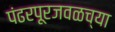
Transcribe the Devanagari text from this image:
पंढरपूरजवळच्या